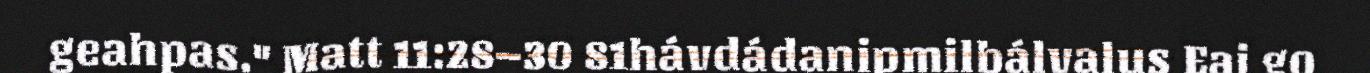
geahpas." Matt 11:28–30 81hávdádanipmilbálvalus Eai go